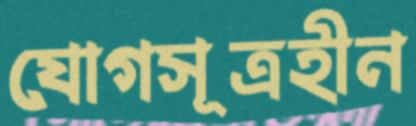
যোগসূত্রহীন